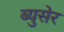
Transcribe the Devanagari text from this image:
ब्युसेर